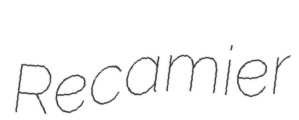
Recamier